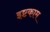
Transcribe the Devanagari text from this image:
इष्टकाम